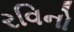
રવિનો